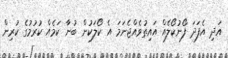
އަދި އެފަދަ ފޯނުކޯލެއް އައިތުވެއްޖެނަމަ އެ ކޯލަކުން ބުނާ ކަމެއް ކުރުމުގެ ކުރިން